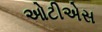
ઓટીએસ